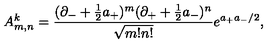
A _ { m , n } ^ { k } = \frac { ( \partial _ { - } + \frac { 1 } { 2 } a _ { + } ) ^ { m } ( \partial _ { + } + \frac { 1 } { 2 } a _ { - } ) ^ { n } } { \sqrt { m ! n ! } } e ^ { a _ { + } a _ { - } / 2 } ,